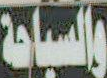
والسياحة